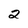
Character: 2